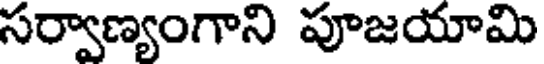
సర్వాణ్యంగాని పూజయామి